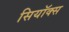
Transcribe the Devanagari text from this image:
सियॉक्स